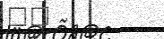
١٠